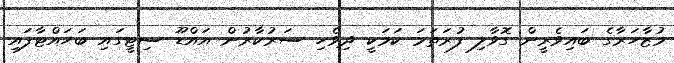
މުޒާހަރާގެ ބައިވެރީން ގޮވާލި ފުރަތަމަ ކަމަކީ ދިވެހި ސަރުކާރުން އައްޑޫ ސިޓީގައި ބަހައްޓާފައި